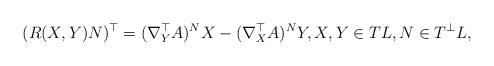
LaTeX: \begin{align*}(R(X,Y)N)^{\top}=(\nabla^{\top}_YA)^NX-(\nabla^{\top}_XA)^NY,X,Y\in TL,N\in T^{\bot}L,\end{align*}